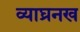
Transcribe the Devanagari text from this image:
व्याघ्रनख